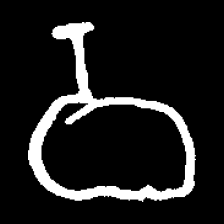
Pyu character \u2014 Myanmar letter: ဝ (romanized: wa)